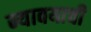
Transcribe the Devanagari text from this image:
न्यावयाची